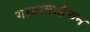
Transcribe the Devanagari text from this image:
गावाबाहेरुन